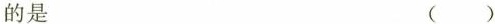
的是 ( )